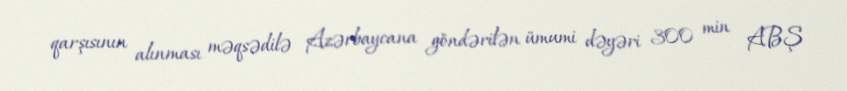
qarşısının alınması məqsədilə Azərbaycana göndərilən ümumi dəyəri 300 min ABŞ